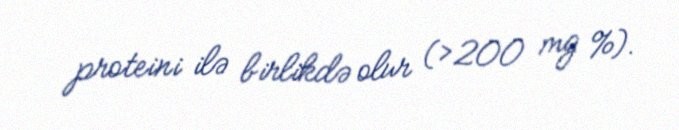
proteini ilə birlikdə olur (>200 mg %).